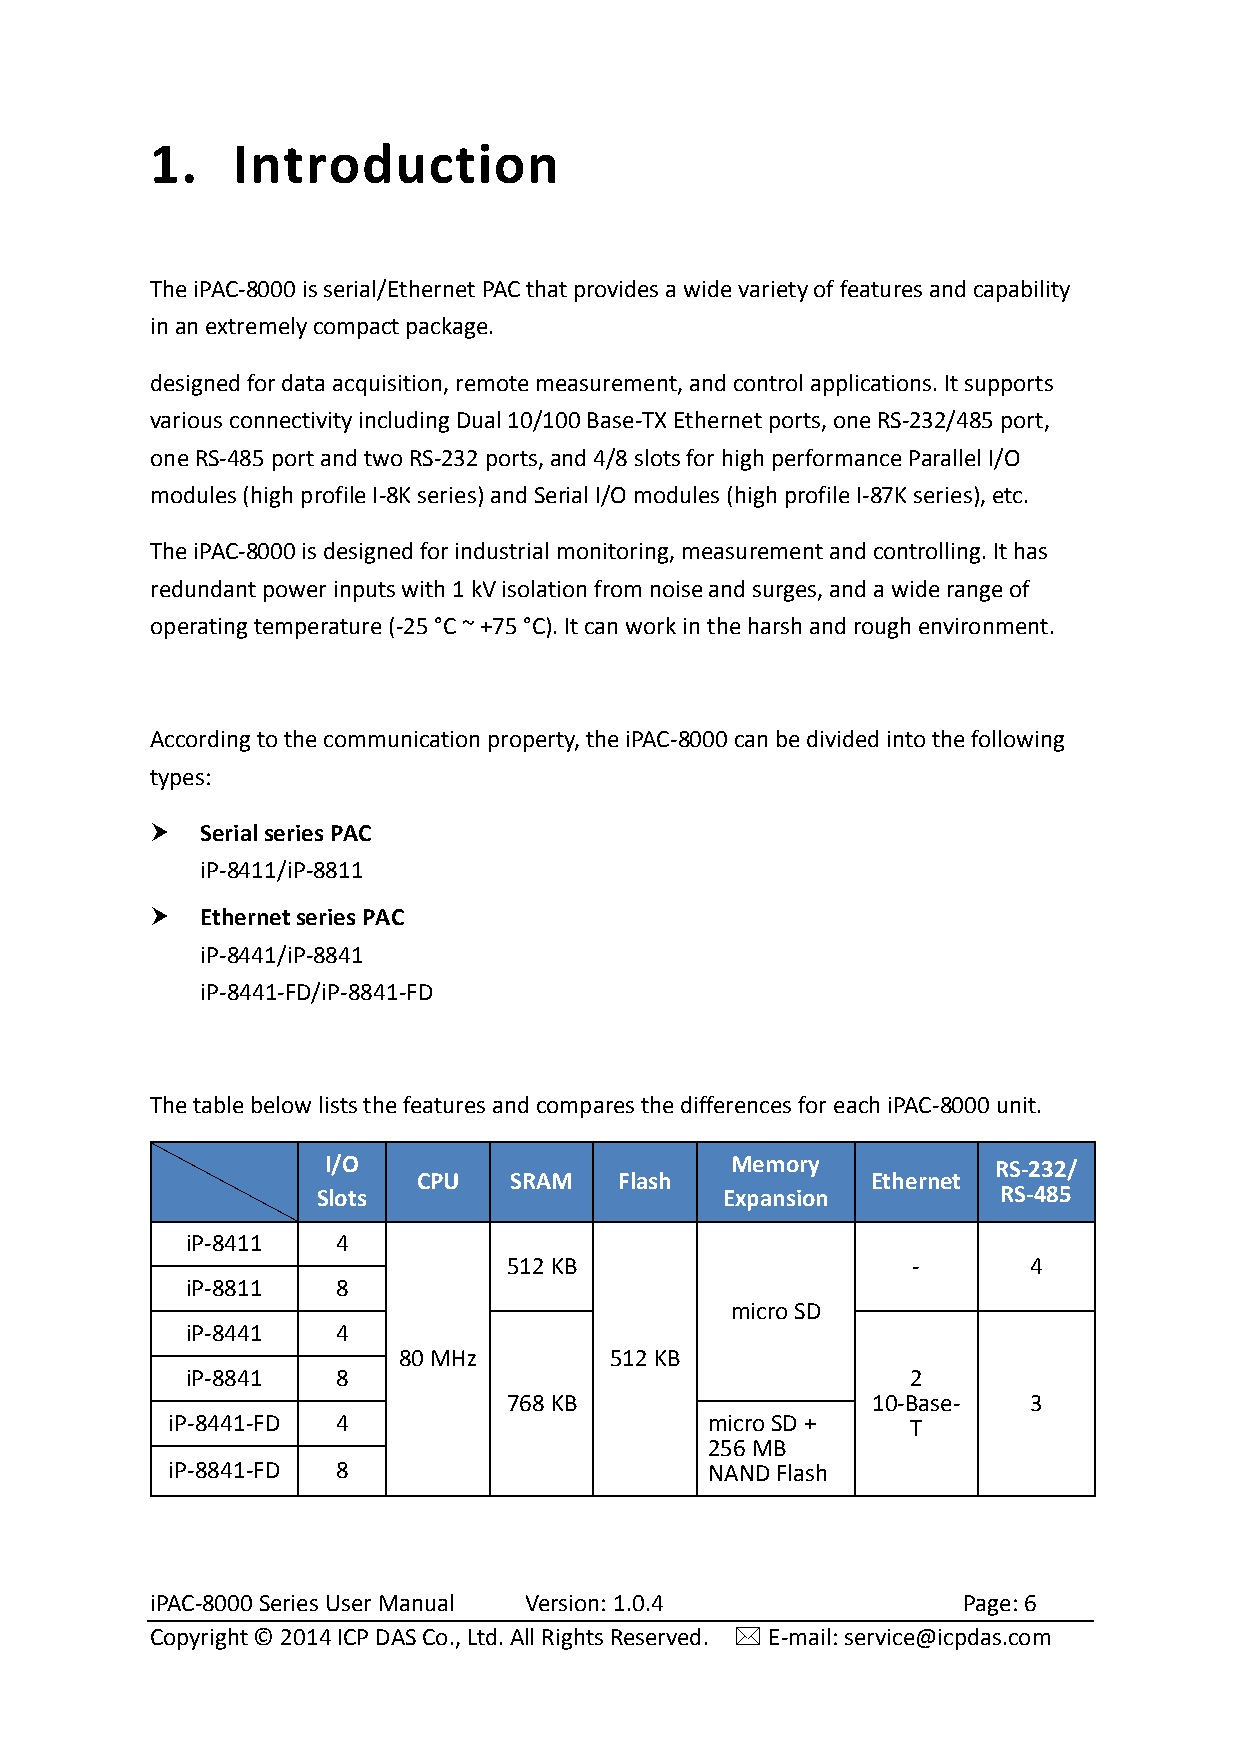
1.   Introduction
 The iPAC-8000 is serial/Ethernet PAC that provides a wide variety of features and capability
 in an extremely compact package.
 designed for data acquisition, remote measurement, and control applications. It supports
 various connectivity including Dual 10/100 Base-TX Ethernet ports, one RS-232/485 port,
 one RS-485 port and two RS-232 ports, and 4/8 slots for high performance Parallel I/O
 modules (high profile I-8K series) and Serial I/O modules (high profile I-87K series), etc.
 The iPAC-8000 is designed for industrial monitoring, measurement and controlling. It has
 redundant power inputs with 1 kV isolation from noise and surges, and a wide range of
 operating temperature (-25 °C ~ +75 °C). It can work in the harsh and rough environment.
 According to the communication property, the iPAC-8000 can be divided into the following
 types:
   Serial series PAC
 iP-8411/iP-8811
   Ethernet series PAC
 iP-8441/iP-8841
 iP-8441-FD/iP-8841-FD
 The table below lists the features and compares the differences for each iPAC-8000 unit.
 I/O                       Memory            RS-232/
 CPU   SRAM   Flash            Ethernet
 Slots                      Expansion         RS-485
 iP-8411   4
 512 KB                    -       4
 iP-8811   8
 micro SD
 iP-8441   4
 80 MHz        512 KB
 iP-8841   8                                     2
 768 KB                  10-Base-  3
 iP-8441-FD 4                        micro SD +   T
 256 MB
 iP-8841-FD 8                        NAND Flash
 iPAC-8000 Series User Manual Version: 1.0.4           Page: 6
 Copyright © 2014 ICP DAS Co., Ltd. All Rights Reserved.  E-mail: service@icpdas.com